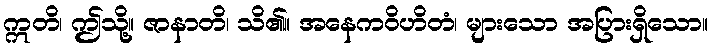
ဣတိ၊ ဤသို့။ ဇာနာတိ၊ သိ၏။ အနေကဝိဟိတံ၊ များသော အပြားရှိသော။